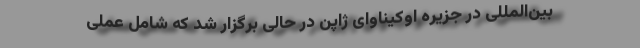
بین‌المللی در جزیره اوکیناوای ژاپن در حالی برگزار شد که شامل عملی